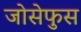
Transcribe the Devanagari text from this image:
जोसेफुस